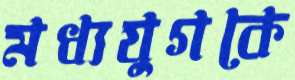
মধ্যযুগকে